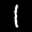
Label: 1